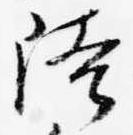
陸